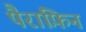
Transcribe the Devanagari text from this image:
पैराफ़िन